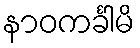
နာဝကင်္ခါမိ